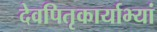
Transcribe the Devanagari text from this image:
देवपितृकार्याभ्यां